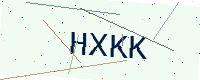
Text: HXKK